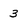
Character: 3